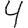
Digit: 4